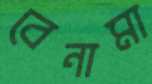
বেনামা